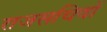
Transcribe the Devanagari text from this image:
राजसचिवों